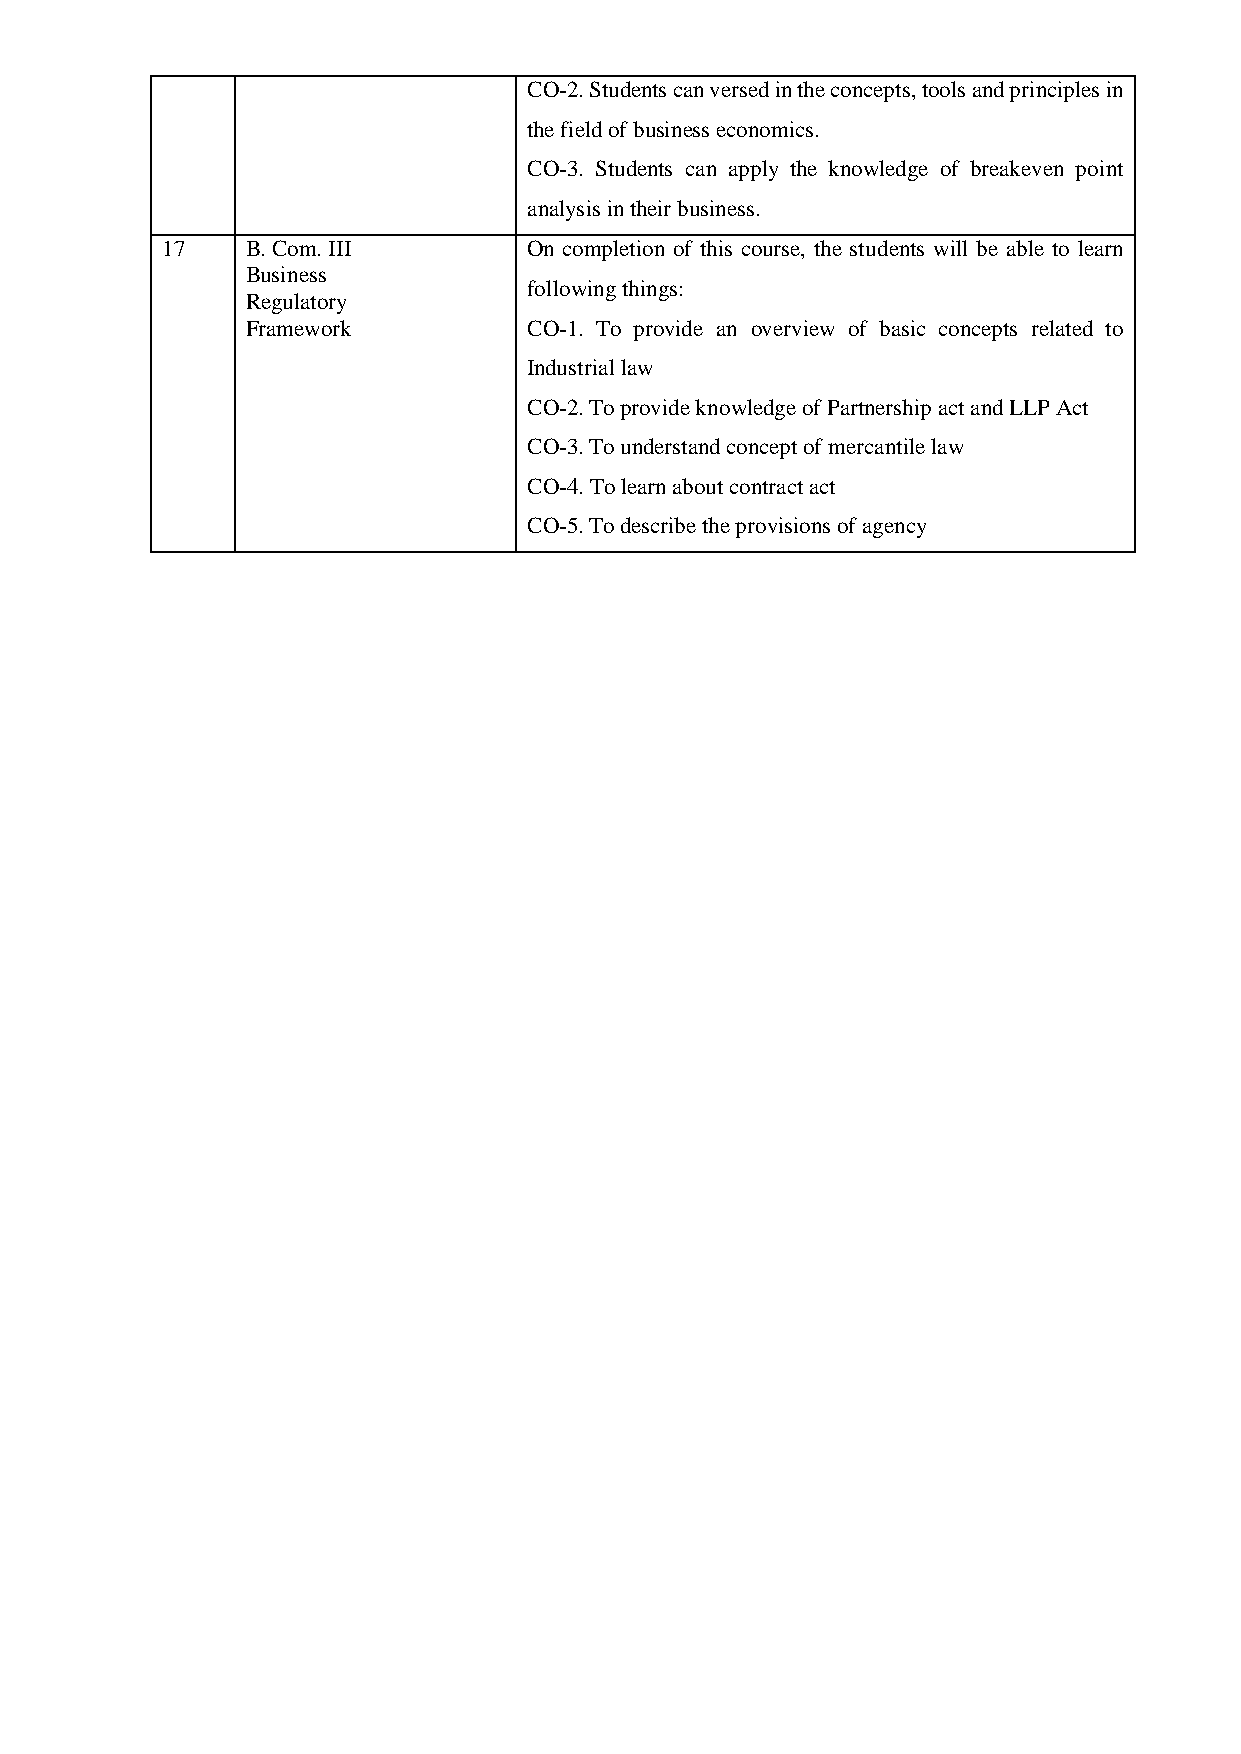
CO-2. Students can versed in the concepts, tools and principles in
 the field of business economics.
 CO-3. Students can apply the knowledge of breakeven point
 analysis in their business.
 17   B. Com. III        On completion of this course, the students will be able to learn
 Business
 following things:
 Regulatory
 Framework          CO-1. To provide an overview of basic concepts related to
 Industrial law
 CO-2. To provide knowledge of Partnership act and LLP Act
 CO-3. To understand concept of mercantile law
 CO-4. To learn about contract act
 CO-5. To describe the provisions of agency